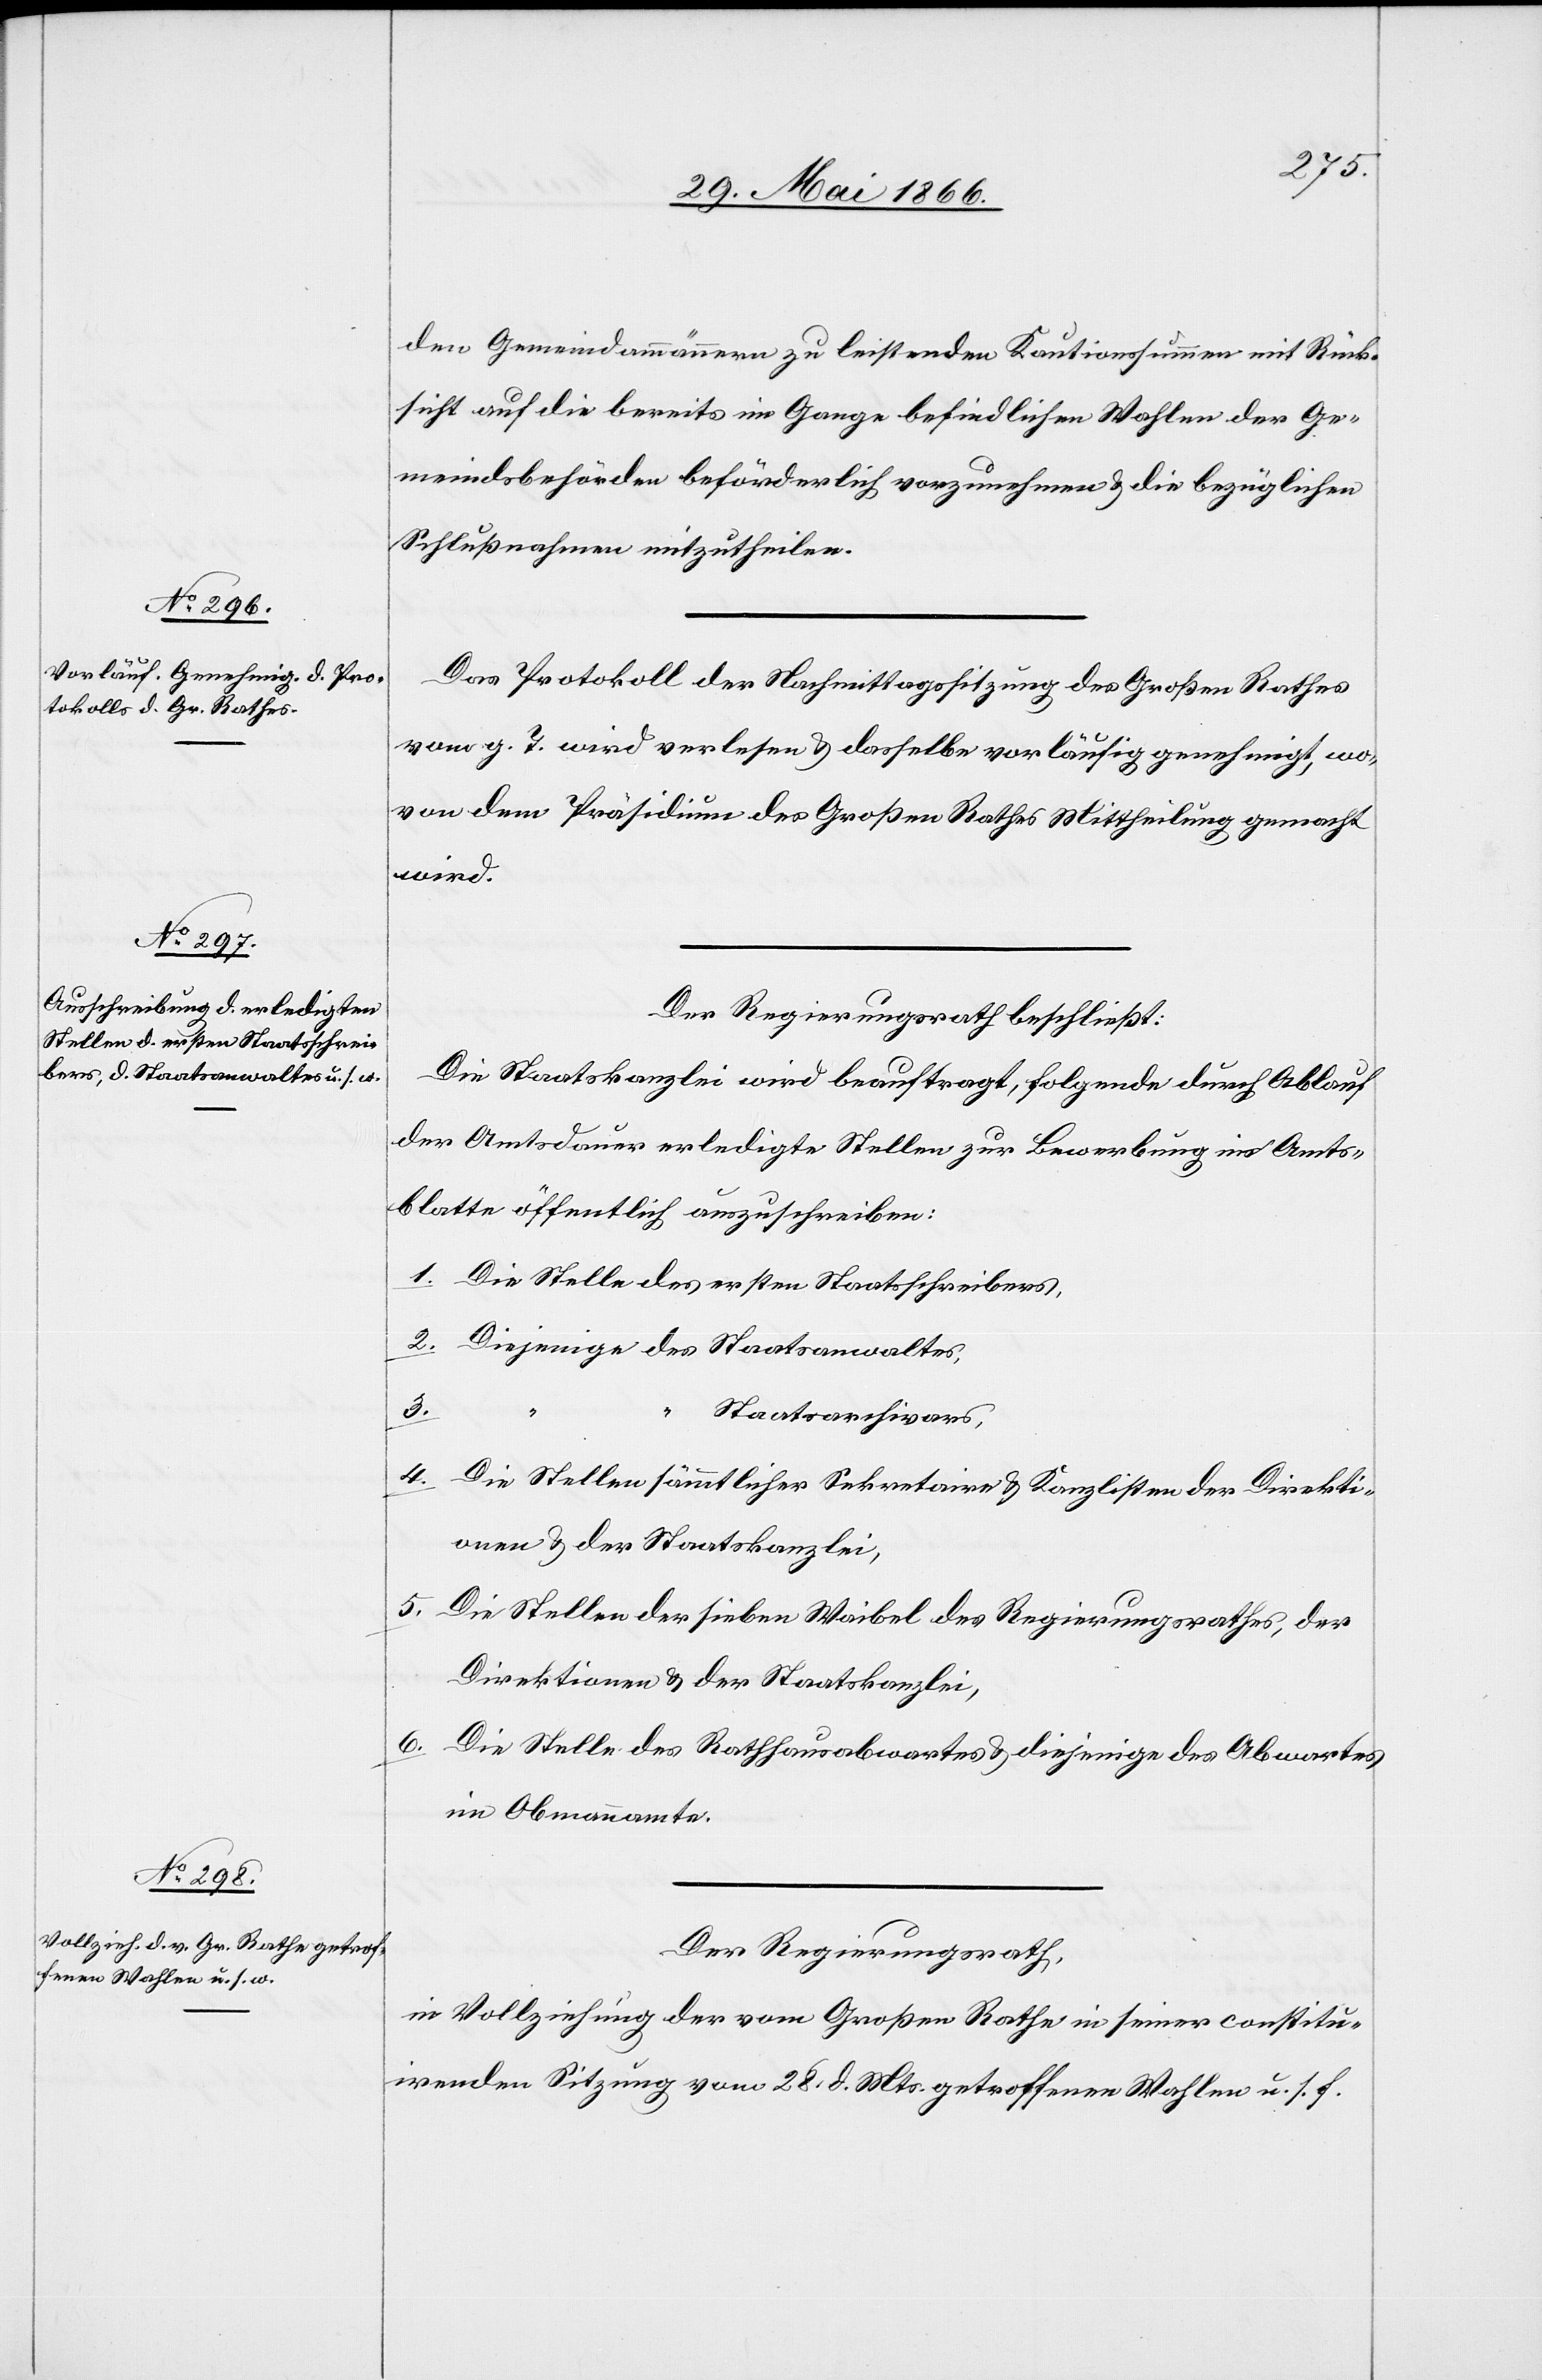
den Gemeindammännern zu leistenden Kautionssumme mit Rück¬
sicht auf die bereits im Gange befindlichen Wahlen der Ge¬
meindsbehörden beförderlich vorzunehmen u. die bezüglichen
Schlußnahmen mitzutheilen.
Das Protokoll der Nachmittagssitzung des Großen Rathes
vom g. T. wird verlesen u. dasselbe vorläufig genehmigt, wo¬
von dem Präsidium des Großen Rathes Mittheilung gemacht
wird.
Der Regierungsrath beschließt:
Die Staatskanzlei wird beauftragt, folgende durch Ablauf
der Amtsdauer erledigte Stellen zur Bewerbung ins Amts¬
blatte öffentlich auszuschreiben:
1. Die Stelle des ersten Staatsschreibers,
2. Diejenige des Staatsanwaltes,
3.
Staatsarchivars,
4. Die Stellen sämmtlicher Sekretariate u. Kanzleien der Direkti¬
onen u. der Staatskanzlei,
5. Die Stellen der sieben Weibel des Regierungsrathes, der
Direktionen u. der Staatskanzlei,
6. Die Stelle des Rathhausabwartes u. diejenige des Abwartes
im Obmannamte.
Der Regierungsrath,
in Vollziehung der vom Großen Rathe in seiner constitui¬
renden Sitzung vom 28. d. Mts. getroffenen Wahlen u. s. f.